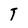
Character: T